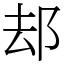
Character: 𨚫